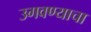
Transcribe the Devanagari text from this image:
उगवण्याचा